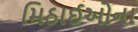
મિઠાઈઓના